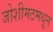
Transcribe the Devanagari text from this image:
जोशीमठमधून